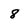
Character: 8